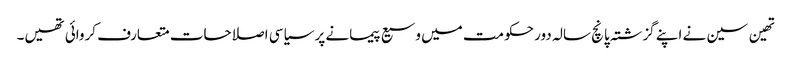
تھین سین نے اپنے گزشتہ پانچ سالہ دور حکومت میں وسیع پیمانے پر سیاسی اصلاحات متعارف کروائی تھیں۔